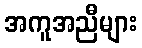
အကူအညီများ